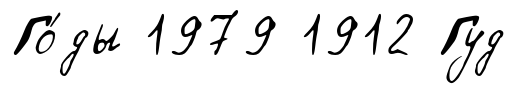
Го́ды 1979 1912 Гуд